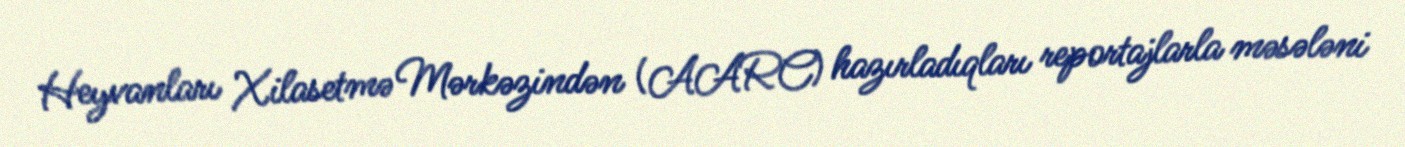
Heyvanları Xilasetmə Mərkəzindən (AARC) hazırladıqları reportajlarla məsələni